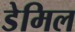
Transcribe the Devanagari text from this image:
डेमिल